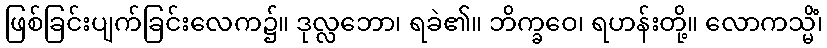
ဖြစ်ခြင်းပျက်ခြင်းလေက၌။ ဒုလ္လဘော၊ ရခဲ၏။ ဘိက္ခဝေ၊ ရဟန်းတို့။ လောကသ္မိံ၊